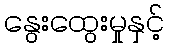
နွေးထွေးမှုနှင့်